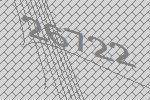
26722